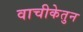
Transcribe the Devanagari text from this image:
वाचीकेतुन